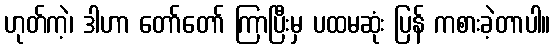
ဟုတ်ကဲ့၊ ဒါဟာ တော်တော် ကြာပြီးမှ ပထမဆုံး ပြန် ကစားခဲ့တာပါ။